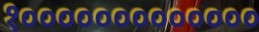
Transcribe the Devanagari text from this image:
१०००००००००००००